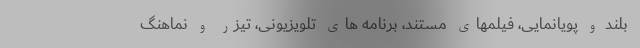
بلند و پویانمایی، فیلمهای مستند، برنامه های تلویزیونی، تیزر و نماهنگ